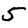
Digit: 5